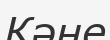
Кәне